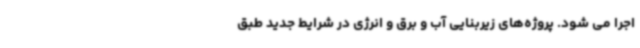
اجرا می شود. پروژه‌های زیربنایی آب و برق و انرژی در شرایط جدید طبق